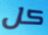
كل